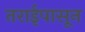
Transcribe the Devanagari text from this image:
तराईपासून